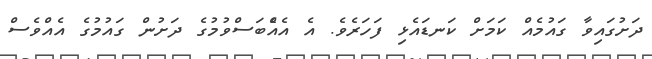
ދަށުގައިވާ ގައުމެއް ކަމަށް ކަނޑައެޅި ފަހަރެވެ. އެ އެއެްބަސްވުމުގެ ދަށުން ގައުމުގެ އެއްވެސް